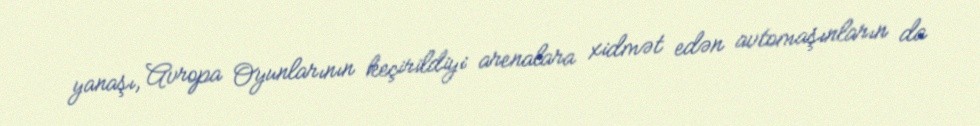
yanaşı, Avropa Oyunlarının keçirildiyi arenalara xidmət edən avtomaşınların da